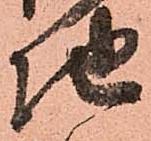
地